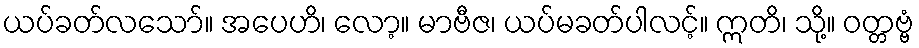
ယပ်ခတ်လသော်။ အပေဟိ၊ လော့။ မာဗီဇ၊ ယပ်မခတ်ပါလင့်။ ဣတိ၊ သို့။ ဝတ္တဗ္ဗံ